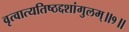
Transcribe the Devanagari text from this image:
वृत्वात्यतिष्ठद्दशांगुलम्॥१॥